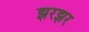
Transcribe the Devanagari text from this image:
झरझर